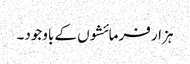
ہزار فرمائشوں کے باوجود۔